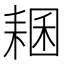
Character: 𦓾